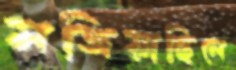
মজিয়াছিলে